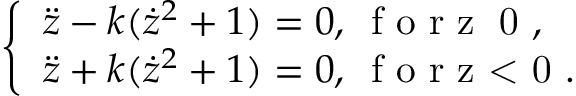
\left\{ \begin{array} { l l } { \ddot { z } - k ( \dot { z } ^ { 2 } + 1 ) = 0 , \, \textrm { f o r z \geq 0 } , } \\ { \ddot { z } + k ( \dot { z } ^ { 2 } + 1 ) = 0 , \, \textrm { f o r z < 0 } . } \end{array} \right.